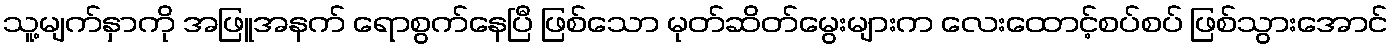
သူ့မျက်နှာကို အဖြူအနက် ရောစွက်နေပြီ ဖြစ်သော မုတ်ဆိတ်မွေးများက လေးထောင့်စပ်စပ် ဖြစ်သွားအောင်